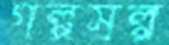
গল্পসল্প